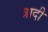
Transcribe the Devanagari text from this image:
त्रादी